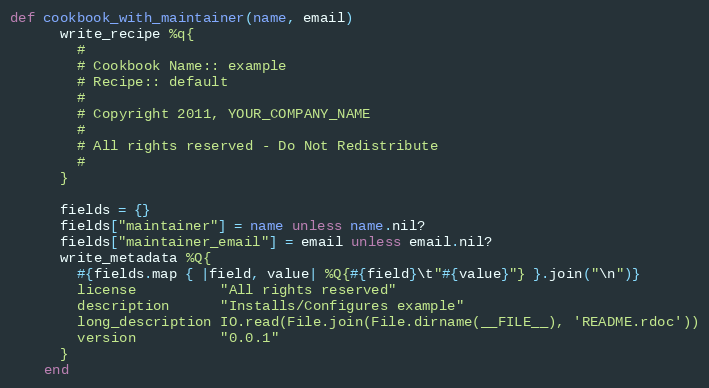
Language: Ruby
def cookbook_with_maintainer(name, email)
      write_recipe %q{
        #
        # Cookbook Name:: example
        # Recipe:: default
        #
        # Copyright 2011, YOUR_COMPANY_NAME
        #
        # All rights reserved - Do Not Redistribute
        #
      }

      fields = {}
      fields["maintainer"] = name unless name.nil?
      fields["maintainer_email"] = email unless email.nil?
      write_metadata %Q{
        #{fields.map { |field, value| %Q{#{field}\t"#{value}"} }.join("\n")}
        license          "All rights reserved"
        description      "Installs/Configures example"
        long_description IO.read(File.join(File.dirname(__FILE__), 'README.rdoc'))
        version          "0.0.1"
      }
    end